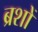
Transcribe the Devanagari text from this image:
ब्रशों